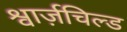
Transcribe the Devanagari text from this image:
श्वार्ज़चिल्ड